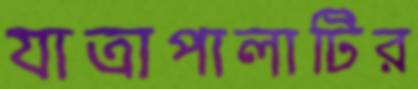
যাত্রাপালাটির